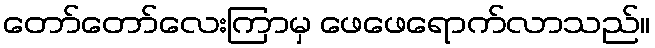
တော်တော်လေးကြာမှ ဖေဖေရောက်လာသည်။